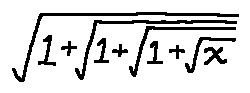
\sqrt { 1 + \sqrt { 1 + \sqrt { 1 + \sqrt { x } } } }